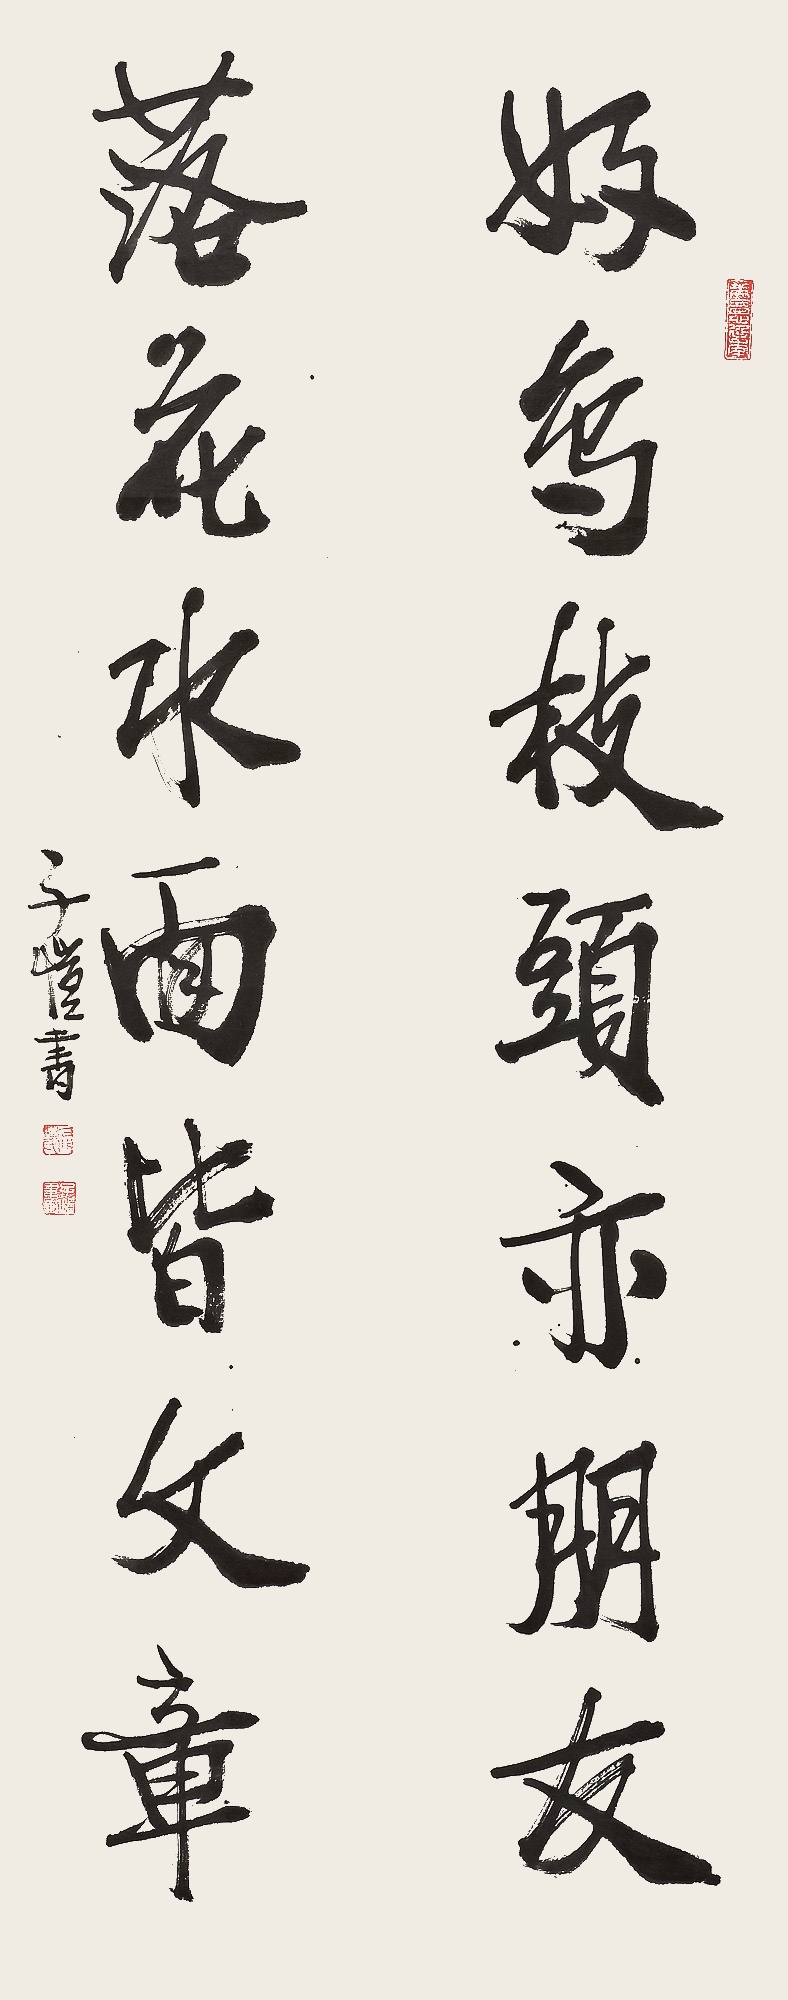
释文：好鸟枝头亦朋友，落花水面皆文章。子恺书。